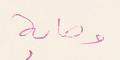
وصاية